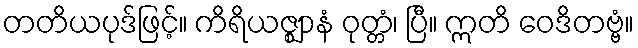
တတိယပုဒ်ဖြင့်။ ကိရိယဇ္ဈာနံ ဝုတ္တံ၊ ပြီ။ ဣတိ ဝေဒိတဗ္ဗံ။